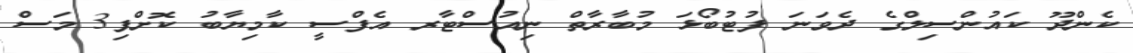
ކެންދޫ ކައުންސިލްގެ ދެވަނަ ފުޓުބޯޅަ މުބާރާތް ނިއުސްޓާރ އެފްސީ ކާމިޔާބު ކޮށްފި3 މަސް